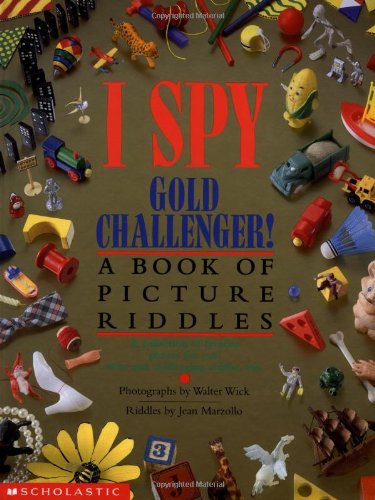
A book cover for I Spy Gold Challenger: A Book of Picture Riddles; Jean Marzollo; Children's Books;